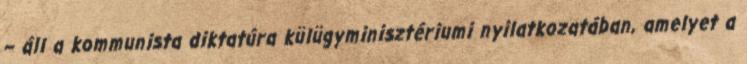
– áll a kommunista diktatúra külügyminisztériumi nyilatkozatában, amelyet a